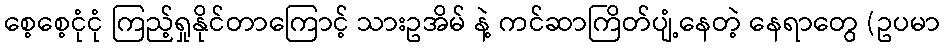
စေ့စေ့ငုံငုံ ကြည့်ရှုနိုင်တာကြောင့် သားဥအိမ် နဲ့ ကင်ဆာကြိတ်ပျံ့နေတဲ့ နေရာတွေ (ဥပမာ